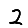
Digit: 2